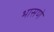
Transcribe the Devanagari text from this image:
भासणे